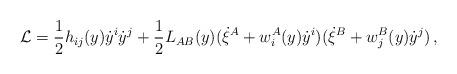
LaTeX: \begin{align*}{\cal L} = \frac{1}{2} h_{ij}(y) \dot{y}^i \dot{y}^j + \frac{1}{2} L_{AB}(y) (\dot{\xi}^A + w^A_i(y) \dot{y}^i) (\dot{\xi}^B + w^B_j(y) \dot{y}^j)\,,\end{align*}